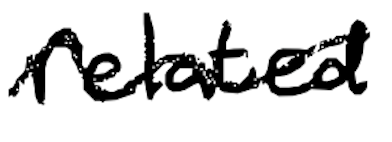
Text: related
Cross-out: wave
Writing tool: digital_black